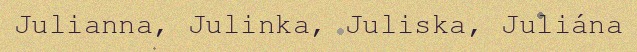
Julianna, Julinka, Juliska, Juliána